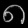
Digit: ၈